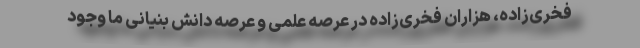
فخری‌زاده، هزاران فخری‌زاده در عرصه علمی و عرصه دانش بنیانی ما وجود